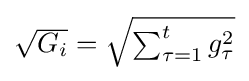
{\textstyle {\sqrt {G_{i}}}={\sqrt {\sum _{\tau =1}^{t}g_{\tau }^{2}}}}